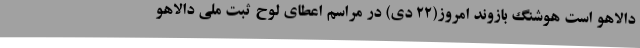
دالاهو است هوشنگ بازوند امروز(22 دی) در مراسم اعطای لوح ثبت ملی دالاهو